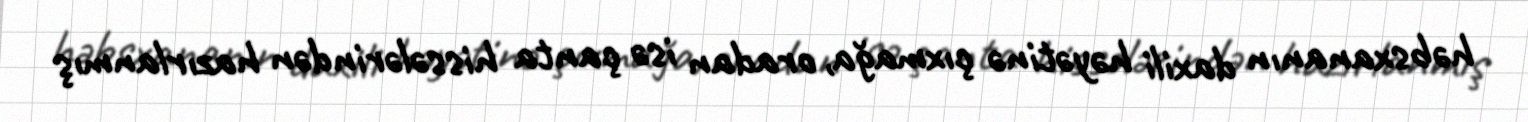
həbsxananın daxili həyətinə çıxmağa, oradan isə çanta hissələrindən hazırlanmış